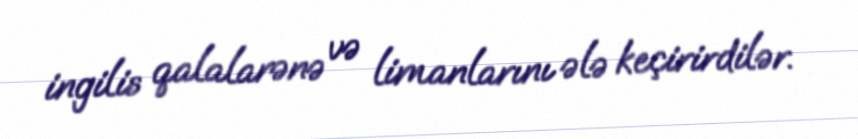
ingilis qalalarənə və limanlarını ələ keçirirdilər.